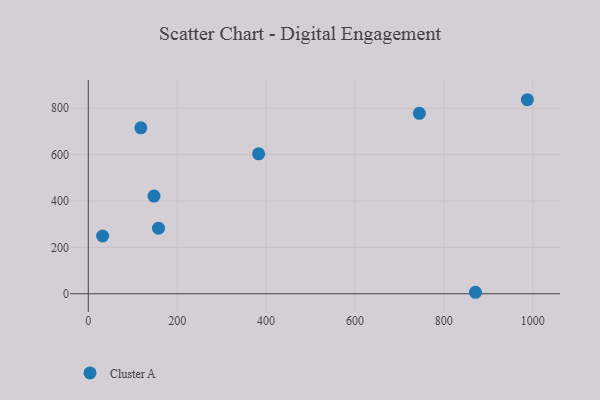
{"axis": {"x": "Distance", "y": "Salary"}, "legend": ["Cluster A"], "data": [{"x": "32.3", "y": 249.0, "type": "Cluster A"}, {"x": "988.1", "y": 836.8, "type": "Cluster A"}, {"x": "383.3", "y": 603.4, "type": "Cluster A"}, {"x": "871.3", "y": 6.4, "type": "Cluster A"}, {"x": "118.3", "y": 715.6, "type": "Cluster A"}, {"x": "147.9", "y": 421.4, "type": "Cluster A"}, {"x": "745.0", "y": 778.0, "type": "Cluster A"}, {"x": "158.0", "y": 282.8, "type": "Cluster A"}]}